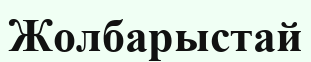
Жолбарыстай